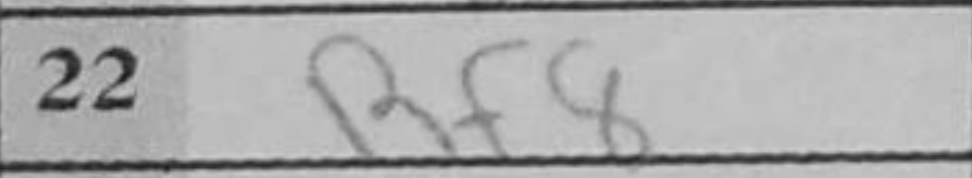
Transcription: Rf8